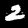
Digit: 2